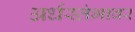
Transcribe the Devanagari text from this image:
अर्धस्तंभावर